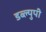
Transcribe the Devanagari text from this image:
डब्ल्युपी